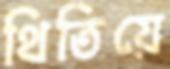
থিতিয়ে